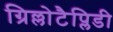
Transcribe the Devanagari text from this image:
ग्रिल्लोटैप्लिडी